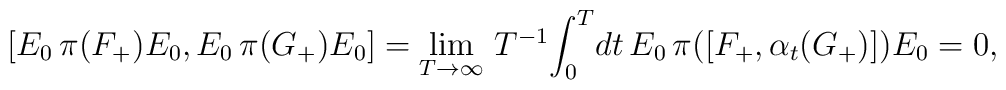
[ E_0 \, \pi({F}_+) E_0,  E_0 \, \pi({G}_+) E_0 ]= \lim_{T \rightarrow \infty} \! \mbox{ $T^{-1}$} \! \int_0^T \! dt \, E_0 \, \pi     ( [ {F}_+, \alpha_t (G_+) ]     ) E_0 = 0,